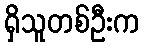
ရှိသူတစ်ဦးက